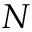
N